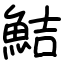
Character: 鮚